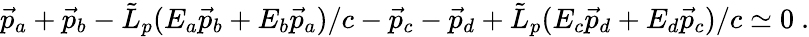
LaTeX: \vec{p}_{a}+\vec{p}_{b}-{\tilde{L}}_{p}(E_{a}\vec{p}_{b}+E_{b}\vec{p}_{a})/c-\vec{p}_{c}-\vec{p}_{d}+{\tilde{L}}_{p}(E_{c}\vec{p}_{d}+E_{d}\vec{p}_{c})/c\simeq 0~.